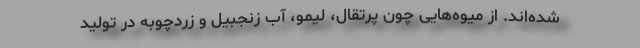
شده‌اند. از میوه‌هایی چون پرتقال، لیمو، آب زنجبیل و زردچوبه در تولید